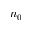
n _ { 0 }